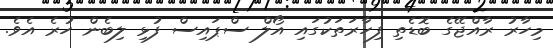
މިހާރު ރާއްޖޭގެ ބޮޑެތި ފިހާރަތަކުގައި އޯލް ސްޕައިސް ފުޅި ލިބެން ހުރެ އެވެ.